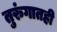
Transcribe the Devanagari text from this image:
तुरुंगातही